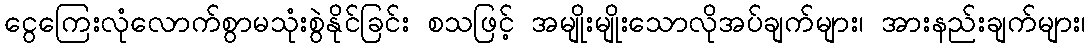
ငွေကြေးလုံလောက်စွာမသုံးစွဲနိုင်ခြင်း စသဖြင့် အမျိုးမျိုးသောလိုအပ်ချက်များ၊ အားနည်းချက်များ၊